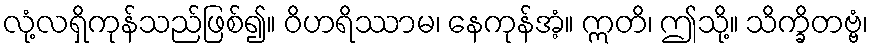
လုံ့လရှိကုန်သည်ဖြစ်၍။ ဝိဟရိဿာမ၊ နေကုန်အံ့။ ဣတိ၊ ဤသို့။ သိက္ခိတဗ္ဗံ၊